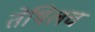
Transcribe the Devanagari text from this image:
तेथिलच